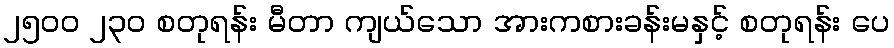
၂၅၀၀ ၂၃၀ စတုရန်း မီတာ ကျယ်သော အားကစားခန်းမနှင့် စတုရန်း ပေ